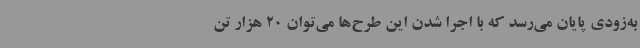
به‌زودی پایان می‌رسد که با اجرا شدن این طرح‌ها می‌توان 20 هزار تن